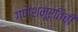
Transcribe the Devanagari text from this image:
गणेशमूर्तिची